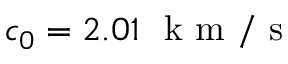
c _ { 0 } = 2 . 0 1 ~ \mathrm { ~ k ~ m ~ } / \mathrm { ~ s ~ }